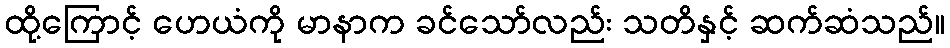
ထို့ကြောင့် ဟေယံကို မာနာက ခင်သော်လည်း သတိနှင့် ဆက်ဆံသည်။